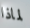
لماذا